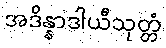
အဒိန္နာဒါယီသုတ္တံ